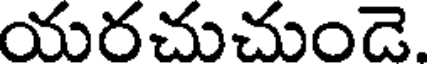
యరచుచుండె.